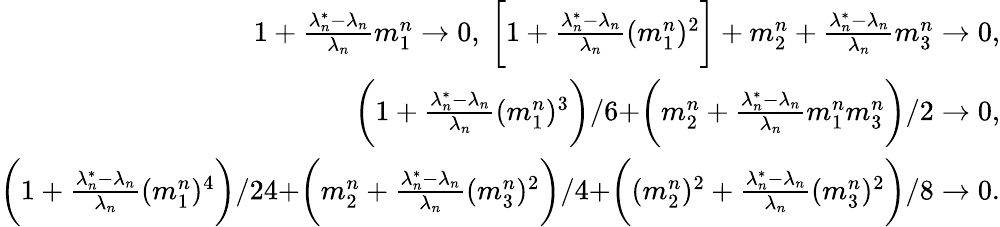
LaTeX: \begin{array}{r}{1+\frac{\lambda_{n}^{*}-\lambda_{n}}{\lambda_{n}}m_{1}^{n}\to 0,\ \biggr[1+\frac{\lambda_{n}^{*}-\lambda_{n}}{\lambda_{n}}(m_{1}^{n})^{2}\biggr]+m_{2}^{n}+\frac{\lambda_{n}^{*}-\lambda_{n}}{\lambda_{n}}m_{3}^{n}\to 0,}\\ {\biggr(1+\frac{\lambda_{n}^{*}-\lambda_{n}}{\lambda_{n}}(m_{1}^{n})^{3}\biggr)/6+\biggr(m_{2}^{n}+\frac{\lambda_{n}^{*}-\lambda_{n}}{\lambda_{n}}m_{1}^{n}m_{3}^{n}\biggr)/2\to 0,}\\ {\biggr(1+\frac{\lambda_{n}^{*}-\lambda_{n}}{\lambda_{n}}(m_{1}^{n})^{4}\biggr)/24+\biggr(m_{2}^{n}+\frac{\lambda_{n}^{*}-\lambda_{n}}{\lambda_{n}}(m_{3}^{n})^{2}\biggr)/4+\biggr((m_{2}^{n})^{2}+\frac{\lambda_{n}^{*}-\lambda_{n}}{\lambda_{n}}(m_{3}^{n})^{2}\biggr)/8\to 0.}\end{array}